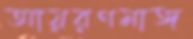
আয়রণমাঙ্গ